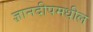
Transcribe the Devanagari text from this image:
ज्ञानदीपमधील